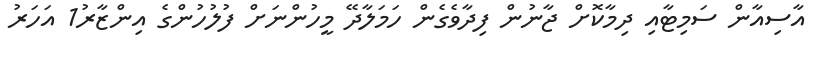
އާސިއާން ސަމިޓާއި ދިމާކޮށް ޖާނުން ފިދާވެގެން ހަމަލާދޭ މީހުންނަށް ފުލުހުންގެ އިންޒާރު1 އަހަރު